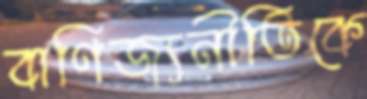
বাণিজ্যনীতিকে